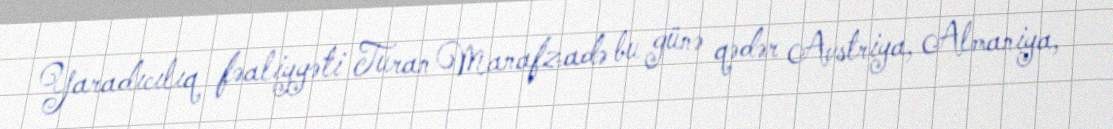
Yaradıcılıq fəaliyyəti Turan Manafzadə bu günə qədər Avstriya, Almaniya,